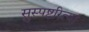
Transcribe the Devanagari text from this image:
सुस्पष्टरित्या